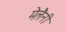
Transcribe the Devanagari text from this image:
मेलैनी